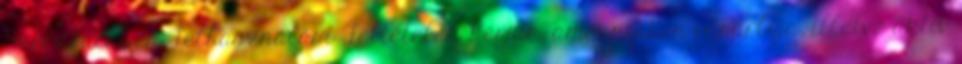
Szerződési és Felhasználási Feltételek Kérjük, amennyiben vásárlója, illetve aktív